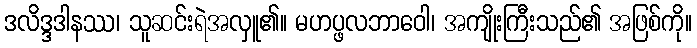
ဒလိဒ္ဒဒါနဿ၊ သူဆင်းရဲအလှူ၏။ မဟပ္ဖလဘာဝေါ၊ အကျိုးကြီးသည်၏ အဖြစ်ကို။